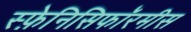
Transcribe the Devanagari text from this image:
स्फ़ेनिसिफॉरमीस